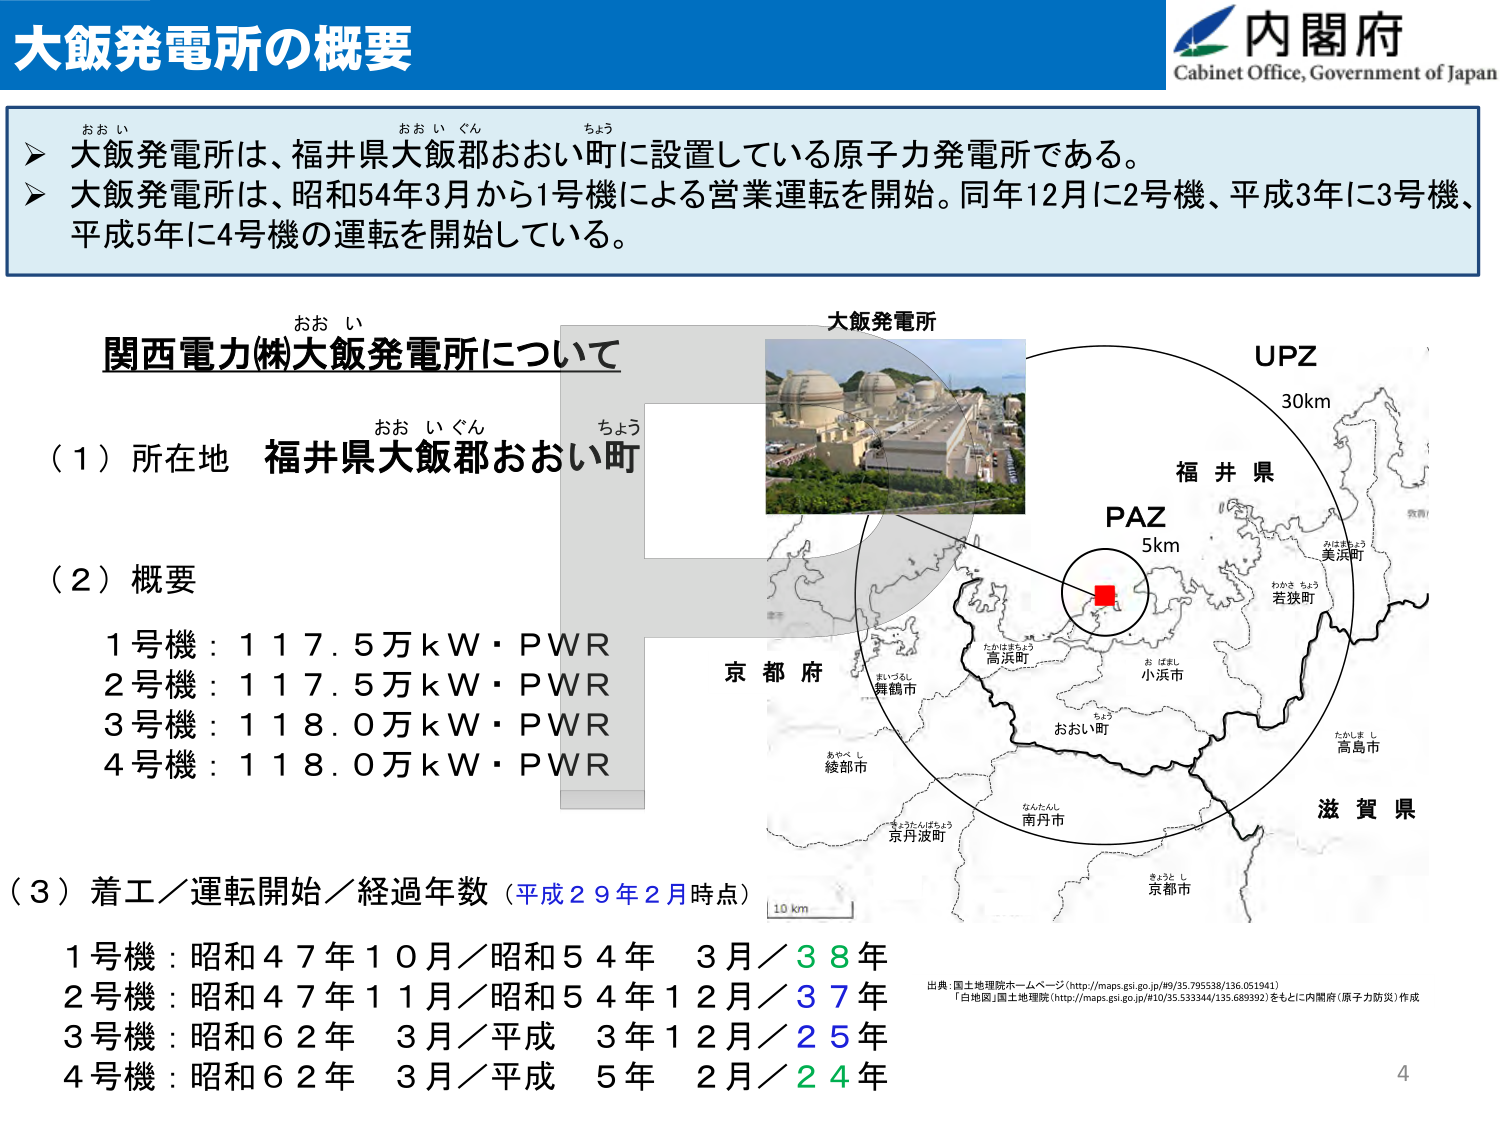
大飯発電所の概要
内閣府
Cabinet Office, Government of Japan

➤ 大飯発電所は、福井県大飯郡おおい町に設置している原子力発電所である。
➤ 大飯発電所は、昭和54年3月から1号機による営業運転を開始。同年12月に2号機、平成3年に3号機、平成5年に4号機の運転を開始している。

関西電力(株)大飯発電所について
（1）所在地 福井県大飯郡おおい町
（2）概要
1号機：117.5万kW・PWR
2号機：117.5万kW・PWR
3号機：118.0万kW・PWR
4号機：118.0万kW・PWR
（3）着工／運転開始／経過年数（平成29年2月時点）
1号機：昭和47年10月／昭和54年3月／38年
2号機：昭和47年11月／昭和54年12月／37年
3号機：昭和62年3月／平成3年12月／25年
4号機：昭和62年3月／平成5年2月／24年

大飯発電所
UPZ
30km
PAZ
5km
福井県
京都府
滋賀県
おおい町
高浜市
若狭町
美浜町
舞鶴市
綾部市
南丹市
京丹波町
京都市
10 km

出典：国土地理院ホームページ（http://maps.gsi.go.jp/#9/35.795538/136.051941）
「白地図」国土地理院（http://maps.gsi.go.jp/#10/35.53344/135.689392）をもとに内閣府（原子力防災）作成

4